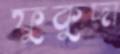
ফুকুদা